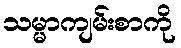
သမ္မာကျမ်းစာကို